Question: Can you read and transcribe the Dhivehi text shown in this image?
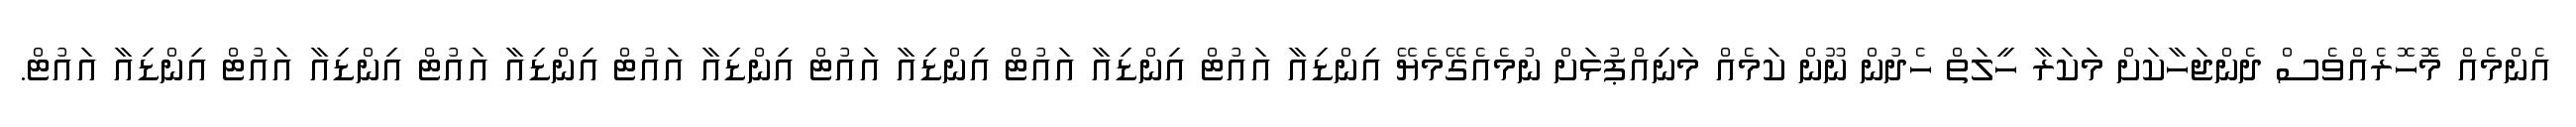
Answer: އެންމެއް މޮހޮރެއްވެސް ދެންޖަހާކަށް މަކަރާ ހީލަތް ހެދުން ނޫން ކަމެއް މަނިއްޕުޅަށް ނުމެއެގޭމެޔޭ އިންޑިއާ އައުޓް އިންޑިއާ އައުޓް އިންޑިއާ އައުޓް އިންޑިއާ އައުޓް އިންޑިއާ އައުޓް އިންޑިއާ އައުޓް އިންޑިއާ އައުޓް.